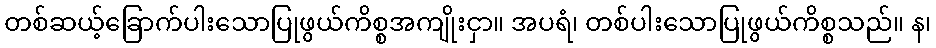
တစ်ဆယ့်ခြောက်ပါးသောပြုဖွယ်ကိစ္စအကျိုးငှာ။ အပရံ၊ တစ်ပါးသောပြုဖွယ်ကိစ္စသည်။ န၊